Lunatic asylums in Bengal annual reports 1912-1924 - 1912-1924
Year: 1912
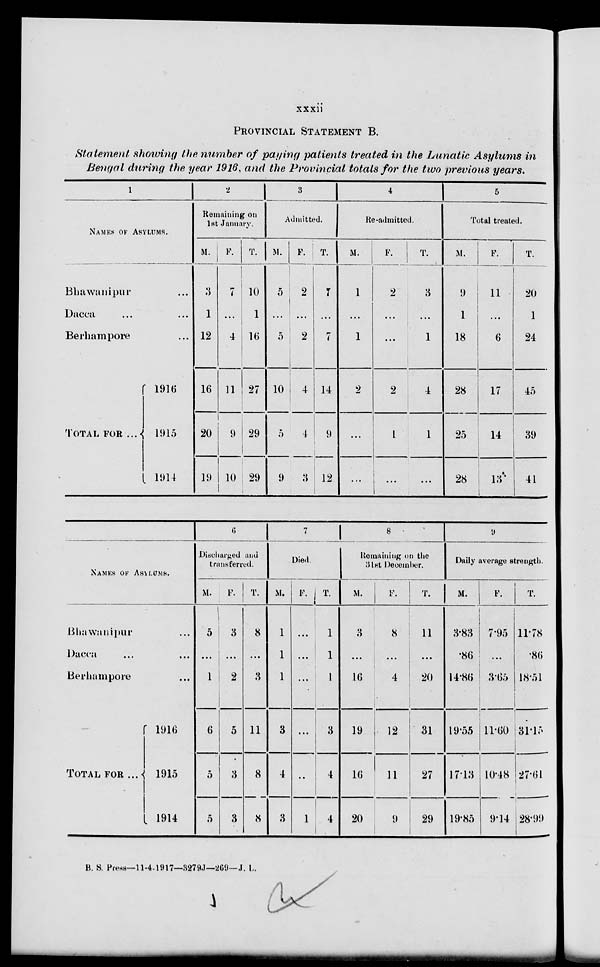
xxxii
PROVINCIAL STATEMENT B.
Statement showing the number of paying patients treated in the Lunatic Asylums in
Bengal during the year 1916, and the Provincial totals for the two previous years.
1
NAMES OF ASYLUMS.
Bhawanipur ...
Dacca ... ...
Berhampore ...
TOTAL FOR ...
1916
1915
1914
2
Remaining on
1st January.
M.
3
1
12
16
20
19
F.
7
...
4
11
9
10
T.
10
1
16
27
29
29
3
Admitted.
M.
5
...
5
10
5
9
F.
2
...
2
4
4
3
T.
7
...
7
14
9
12
4
Re-admitted.
M.
1
...
1
2
...
...
F.
2
...
...
2
1
...
T.
3
...
1
4
1
...
5
Total treated.
M.
9
1
18
28
25
28
F.
11
...
6
17
14
13
T.
20
1
24
45
39
41
NAMES OF ASYLUMS.
Bhawanipur ...
Dacca ... ...
Berhampore ...
TOTAL FOR ...
1916
1915
1914
6
Discharged and
transferred.
M.
5
...
1
6
5
5
F.
3
...
2
5
3
3
T.
8
...
3
11
8
8
7
Died
M.
1
1
1
3
4
3
F.
...
...
...
...
...
1
T.
1
1
1
3
4
4
8
Remaining on the
31st December.
M.
3
...
16
19
16
20
F.
8
...
4
12
11
9
T.
11
...
20
31
27
29
9
Daily average strength.
M.
3.83
.86
14.86
19.55
17.13
19.85
F.
7.95
...
3.65
11.60
10.48
9.14
T.
11.78
.86
18.51
31.15
27.61
28.99
B. S. Press—11-4-1917—3279J—269—J. L.